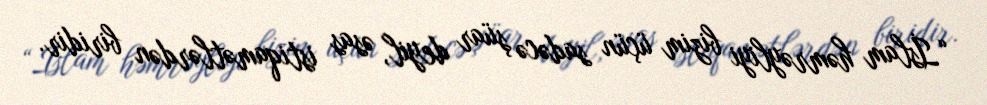
“İslam həmrəyliyi bizim üçün sadəcə şüar deyil, əsas istiqamətlərdən biridir.